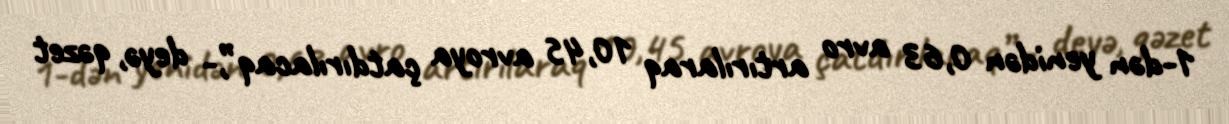
1-dən yenidən 0,63 avro artırılaraq 10,45 avroya çatdırılacaq”,- deyə, qəzet